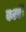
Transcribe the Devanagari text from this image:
करतंे